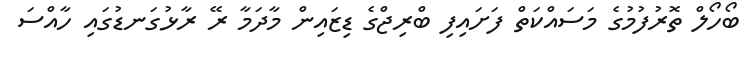
ބޯހޯލް ތޮރުފުމުގެ މަސައްކަތް ފަށައިފި ބްރިޖްގެ ޑިޒައިން މާދަމާ ރޭ ރާޅުގަނޑުގައި ހާއްސަ